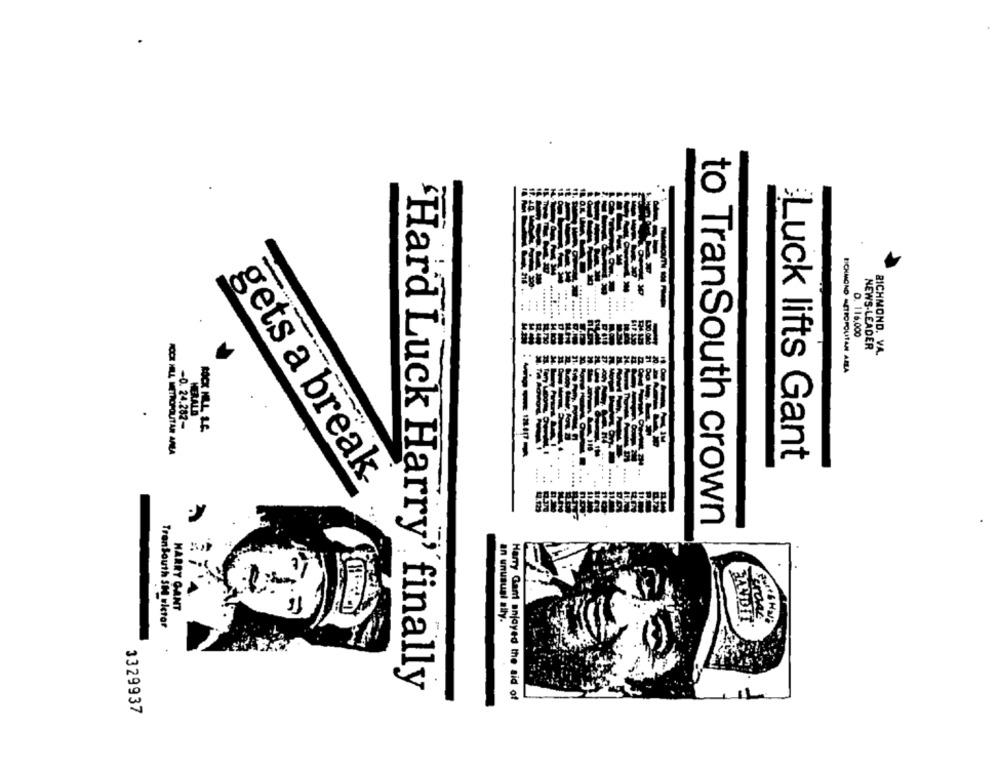
... ..
.........
.....
......
D. 116,000
NEWS-LEADER
RICHMOND. VA.
RICHMOND METROPOLITAN ARLA
HERALD
-0. 24.282-
F
Luck lifts Gant
gets a break
to TranSouth crown
HARRY CANT
an unusual ally.
FROM
TranSouth SH uictar
"Hard Luck Harry' finally
Harry Gart enjoyed the aid of
3329937